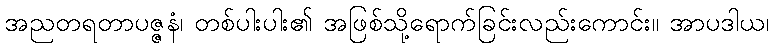
အညတရတာပဇ္ဇနံ၊ တစ်ပါးပါး၏ အဖြစ်သို့ရောက်ခြင်းလည်းကောင်း။ အာပဒါယ၊